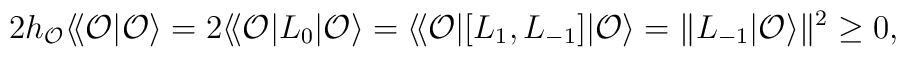
2 h_{\cal O} \langle\!\langle {\cal O}|{\cal O}\rangle= 2 \langle\!\langle {\cal O}|L_0|{\cal O}\rangle= \langle\!\langle {\cal O}| [ L_1, L_{-1} ]|{\cal O}\rangle= \| L_{-1} |{\cal O}\rangle \|^2 \geq 0,